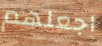
اجعلهم